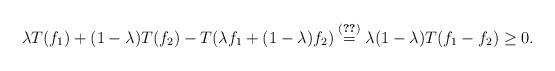
LaTeX: \begin{align*}\lambda T(f_{1})+(1-\lambda)T(f_{2})-T(\lambda f_{1}+(1-\lambda)f_{2})\stackrel{\eqref{one8}}{=}\lambda(1-\lambda)T(f_{1}-f_{2})\geq0.\end{align*}